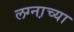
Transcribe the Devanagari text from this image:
लग्ना़च्या